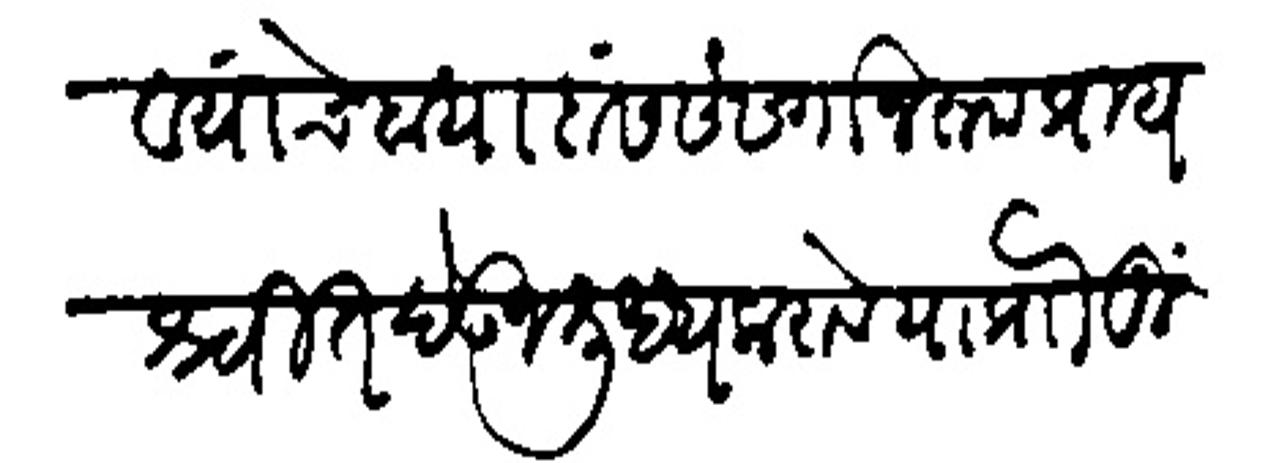
Transliteration (Devanagari): व यंचि दायावास संसर्गानरूप प्रायश्चिल देऊन शुप्य करावे याप्रोा मुं